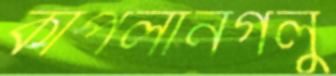
কাপলানগলু